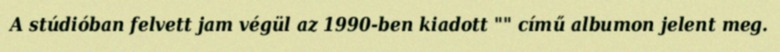
A stúdióban felvett jam végül az 1990-ben kiadott "" című albumon jelent meg.